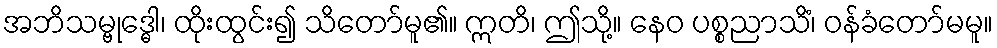
အဘိသမ္ဗုဒ္ဓေါ၊ ထိုးထွင်း၍ သိတော်မူ၏။ ဣတိ၊ ဤသို့။ နေဝ ပစ္စညာသိံ၊ ဝန်ခံတော်မမူ။